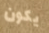
يكون